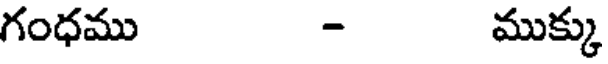
గంధము - ముక్కు